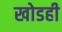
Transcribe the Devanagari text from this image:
खोडही